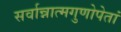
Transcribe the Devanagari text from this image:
सर्वान्नात्मगुणोपेतां